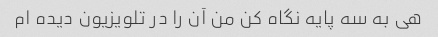
هی به سه پایه نگاه کن من آن را در تلویزیون دیده ام